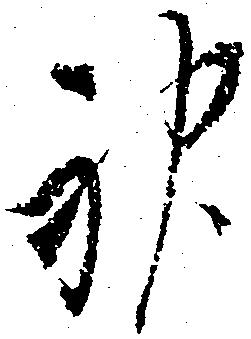
神